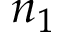
n _ { 1 }